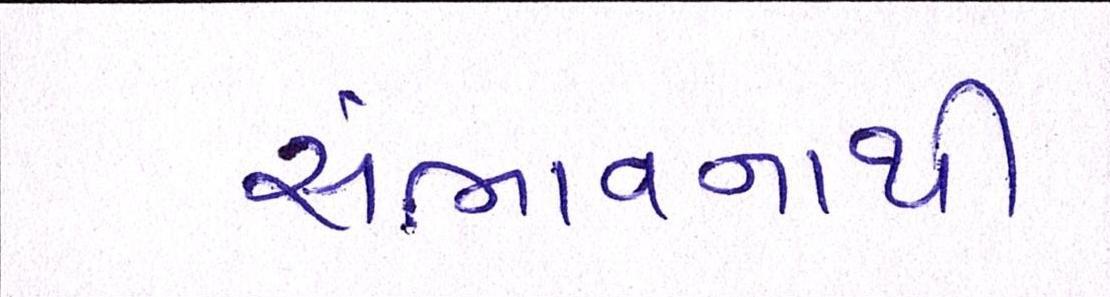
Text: સંભાવનાથી